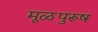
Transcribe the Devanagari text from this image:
मूळपुरूष